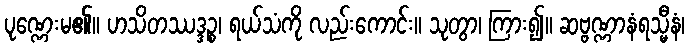
ပုဏ္ဏေးမ၏။ ဟသိတဿဒ္ဒဉ္စ၊ ရယ်သံကို လည်းကောင်း။ သုတွာ၊ ကြား၍။ ဆဗ္ဗဏ္ဏာနံရသ္မီနံ၊